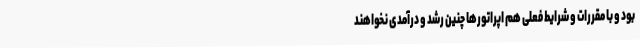
بود و با مقررات و شرایط فعلی هم اپراتورها چنین رشد و درآمدی نخواهند